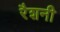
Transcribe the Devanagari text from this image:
रैशनी